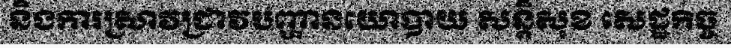
និងការស្រាវជ្រាវបញ្ហានយោបាយ សន្តិសុខ សេដ្ឋកិច្ច